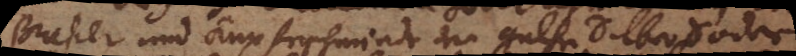
Buchsen und Kupferschmiede der guthe Silber Soder